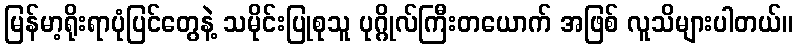
မြန်မာ့ရိုးရာပုံပြင်တွေနဲ့ သမိုင်းပြုစုသူ ပုဂ္ဂိုလ်ကြီးတယောက် အဖြစ် လူသိများပါတယ်။